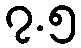
၇.၅